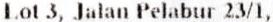
LOT 3, JALAN PELABUR 23/1,